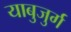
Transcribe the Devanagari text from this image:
याबुजुर्ग